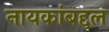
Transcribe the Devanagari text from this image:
नायकांबद्दल